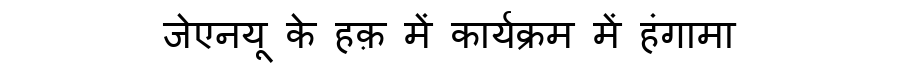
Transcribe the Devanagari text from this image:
जेएनयू के हक़ में कार्यक्रम में हंगामा